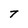
Character: T